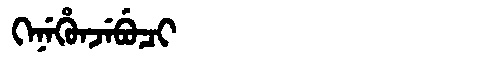
Manchu: ᡴᡝᠨᡝᡥᡠᠨᠵᡝᠪᡠᠴᡳ
Romanization: KENEHUNJEBUCI